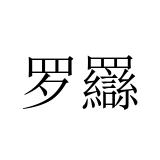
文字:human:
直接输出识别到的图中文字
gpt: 罗羉